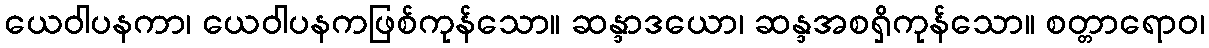
ယေဝါပနကာ၊ ယေဝါပနကဖြစ်ကုန်သော။ ဆန္ဒာဒယော၊ ဆန္ဒအစရှိကုန်သော။ စတ္တာရောဝ၊